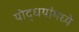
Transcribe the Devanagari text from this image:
योद्धयांमध्ये